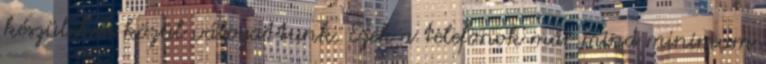
készülékek közül válogattunk. Ezek a telefonok már mind minimum